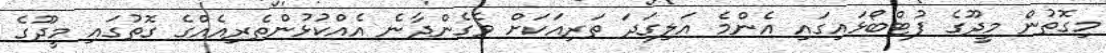
މިގޮތުން މީދޫގެ ފުޓްބޯޅައިގައި އެންމެ އަލިގަދަ ތަރިއަކަށް ވެގެންދާނެ އެއްކުޅުންތެރިއެއްގެ ގޮތުގައި މީދޫގެ